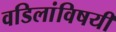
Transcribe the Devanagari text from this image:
वडिलांविषयी